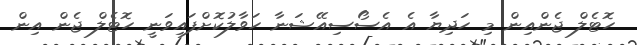
ހޮޓެލް ޖެންއިން މި ހަދިޔާ އެ އެސޯސިއޭޝަނާ ހަވާލުކޮށްފައިވަނީ ހޮޓެލް ޖެން އިން